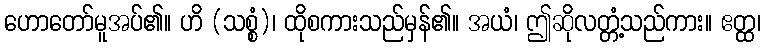
ဟောတော်မူအပ်၏။ ဟိ (သစ္စံ)၊ ထိုစကားသည်မှန်၏။ အယံ၊ ဤဆိုလတ္တံ့သည်ကား။ ဧတ္ထ၊